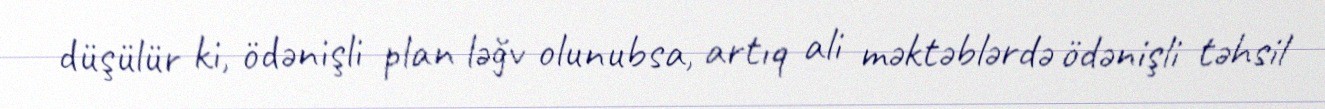
düşülür ki, ödənişli plan ləğv olunubsa, artıq ali məktəblərdə ödənişli təhsil